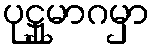
ပုဋ္ဌုမာဂမှာ